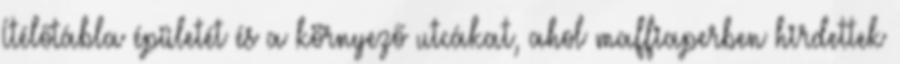
Ítélőtábla épületét és a környező utcákat, ahol maffiaperben hirdettek